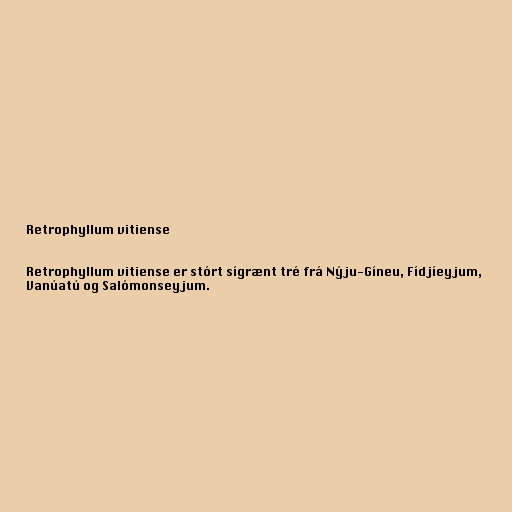
Retrophyllum vitiense

Retrophyllum vitiense er stórt sígrænt tré frá Nýju-Gíneu, Fídjíeyjum,
Vanúatú og Salómonseyjum.